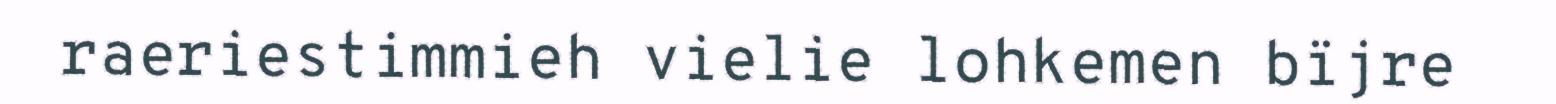
raeriestimmieh vielie lohkemen bïjre